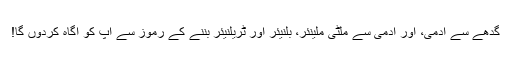
گدھے سے آدمی، اور آدمی سے ملٹی ملینئر، بلنیئر اور ٹریلنیئر بننے کے رموز سے آپ کو آگاہ کردوں گا!